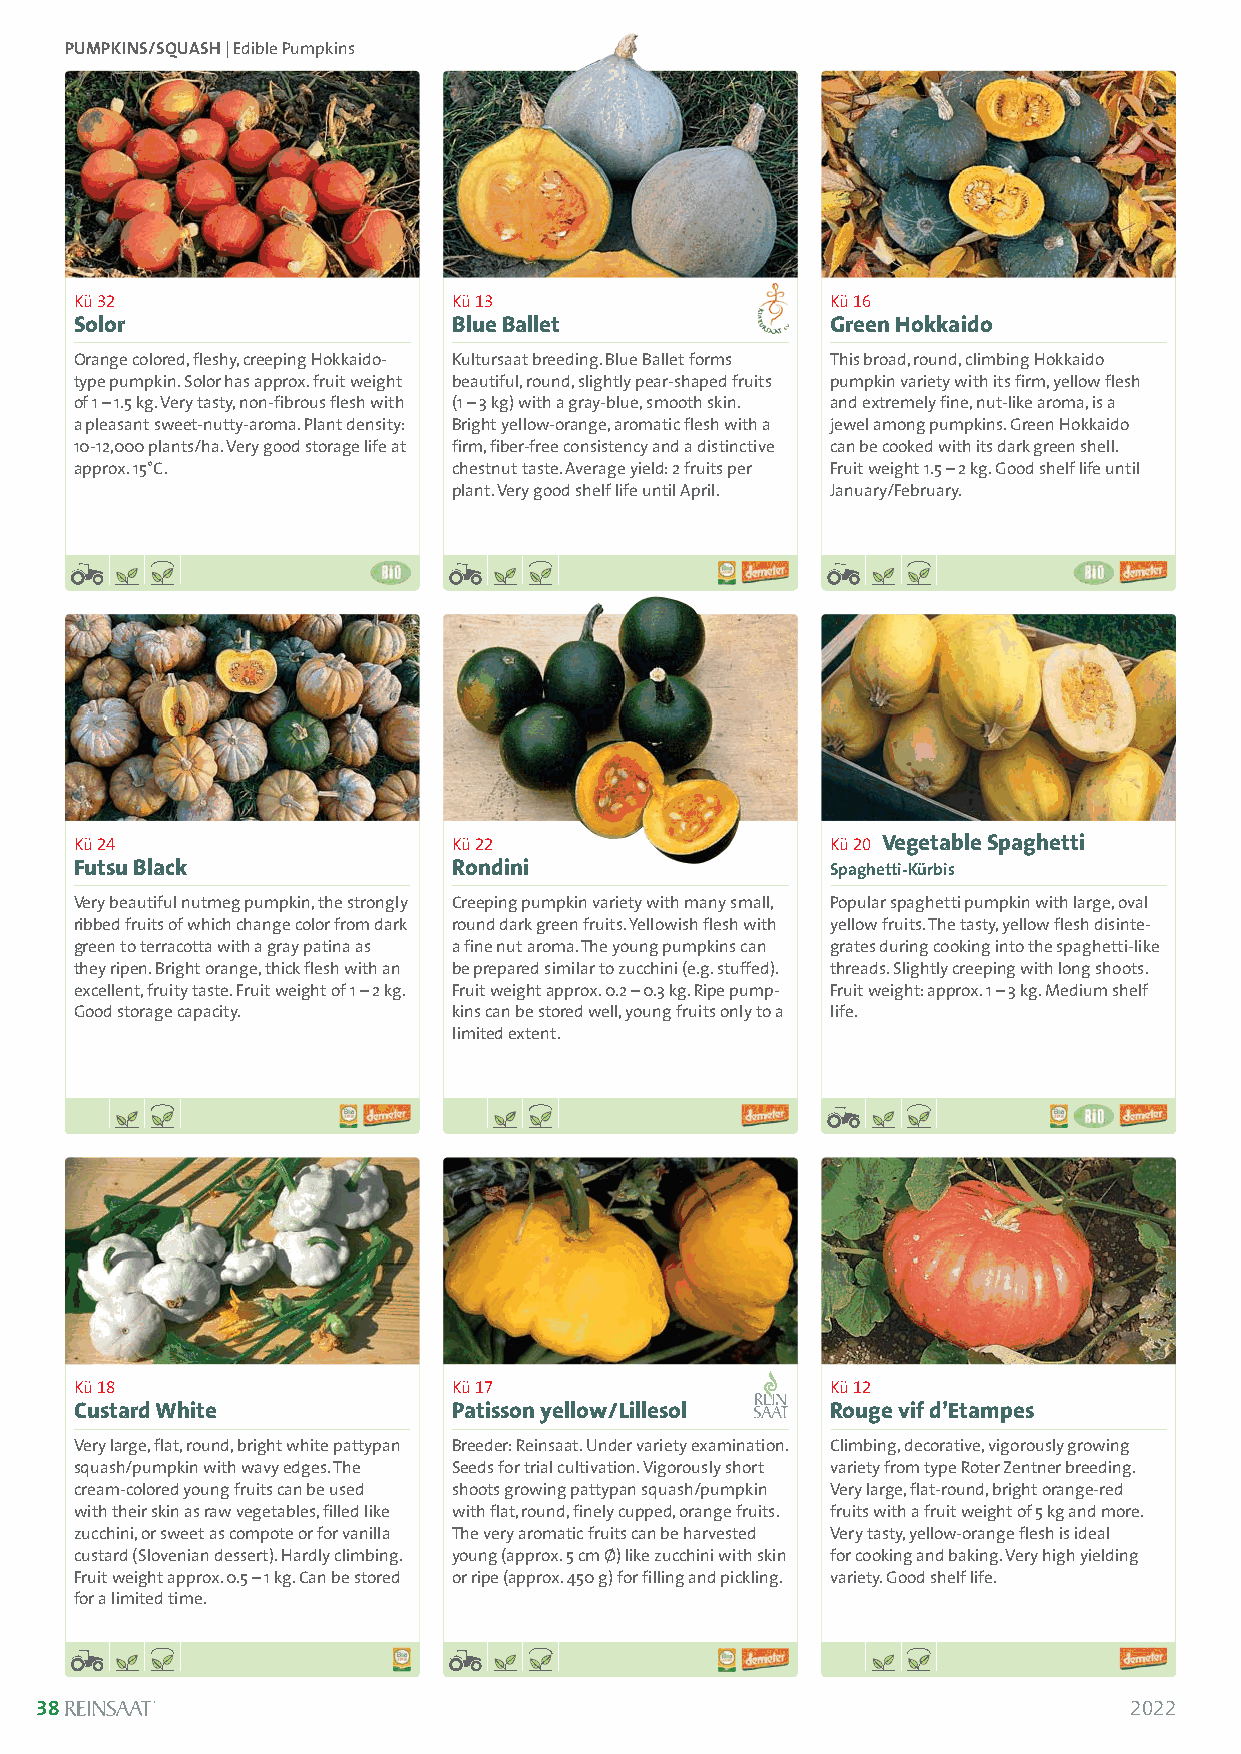
PUMPKINS/SQUASH| Edible Pumpkins
 Kü 32                    Kü 13                    Kü 16
 Solor                    Blue Ballet              Green Hokkaido
 Orange colored, fleshy, creeping Hokkaido- Kultursaat breeding. Blue Ballet forms This broad, round, climbing Hokkaido
 type pumpkin. Solor has approx. fruit weight beautiful, round, slightly pear-shaped fruits pumpkin variety with its firm, yellow flesh
 of 1 –1.5 kg. Very tasty, non-fibrous flesh with (1 –3 kg) with a gray-blue, smooth skin. and ex tremely fine, nut-like aroma, is a
 a pleasant sweet-nutty-aroma. Plant density: Bright yellow-orange, aromatic flesh with a jewel among pumpkins. Green Hokkaido
 10-12,000 plants/ha. Very good storage life at firm, fiber-free consistency and a distinctive can be cooked with its dark green shell.
 approx. 15°C.            chestnut taste. Average yield: 2 fruits per Fruit weight 1.5 –2 kg. Good shelf life until
 plant. Very good shelf life until April. January/February.
 Kü 24                    Kü 22                    Kü 20 Vegetable Spaghetti
 Futsu Black              Rondini                  Spaghetti-Kürbis
 Very beautiful nutmeg pumpkin, the strongly Creeping pumpkin variety with many small, Popular spaghetti pumpkin with large, oval
 ribbed fruits of which change color from dark round dark green fruits. Yellowish flesh with yellow fruits. The tasty, yellow flesh disinte-
 green to terracotta with a gray patina as a fine nut aroma. The young pumpkins can grates during cooking into the spaghetti-like
 they ripen. Bright orange, thick flesh with an be prepared similar to zucchini (e.g. stuffed). threads. Slightly creeping with long shoots.
 excellent, fruity taste. Fruit weight of 1 –2 kg. Fruit weight approx. 0.2 –0.3 kg. Ripe pump- Fruit weight: approx. 1 –3 kg. Medium shelf
 Good storage capacity.   kins can be stored well, young fruits only to a life.
 limited extent.
 Kü 18                    Kü 17                    Kü 12
 Custard White            Patisson yellow/Lillesol Rouge vif d’Etampes
 Very large, flat, round, bright white pattypan Breeder: Reinsaat. Under variety examination. Climbing, decorative, vigorously growing
 squash/pumpkin with wavy edges. The Seeds for trial cultivation. Vigorously short variety from type Roter Zentner breeding.
 cream-colored young fruits can be used shoots growing pattypan squash/pumpkin Very large, flat-round, bright orange-red
 with their skin as raw vegetables, filled like with flat, round, finely cupped, orange fruits. fruits with a fruit weight of 5 kg and more.
 zucchini, or sweet as compote or for vanilla The very aromatic fruits can be harvested Very tasty, yellow-orange flesh is ideal
 custard (Slovenian dessert). Hardly climbing. young (approx. 5 cm Ø) like zucchini with skin for cooking and baking. Very high yielding
 Fruit weight approx. 0.5 –1 kg. Can be stored or ripe (approx. 450 g) for filling and pickling. variety. Good shelf life.
 for a limited time.
 38                                                                       2022